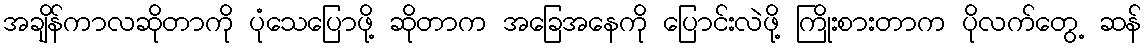
အချိန်ကာလဆိုတာကို ပုံသေပြောဖို့ ဆိုတာက အခြေအနေကို ပြောင်းလဲဖို့ ကြိုးစားတာက ပိုလက်တွေ့ ဆန်